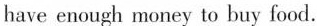
have enough money to buy food.